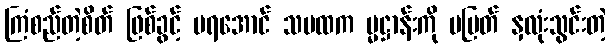
ကြံစည်တဲ့စိတ် ဖြစ်ခွင့် မရအောင် သမထက မ္မဋ္ဌာန်းကို မပြတ် နှလုံးသွင်းတဲ့